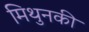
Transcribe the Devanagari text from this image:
मिथुनकी